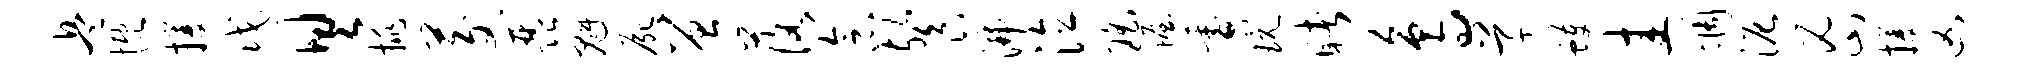
兵慨攫戊具挑茭琵魁尸曾落念餐沸泣瑶幄咎玩睹鸟草蠖圭惆泥密攫凶